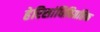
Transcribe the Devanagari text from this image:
हेरिसांधिविग्रहिक